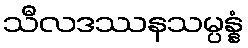
သီလဒဿနသမ္ပန္နံ